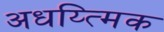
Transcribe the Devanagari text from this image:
अधय्त्मिक